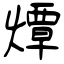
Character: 燂